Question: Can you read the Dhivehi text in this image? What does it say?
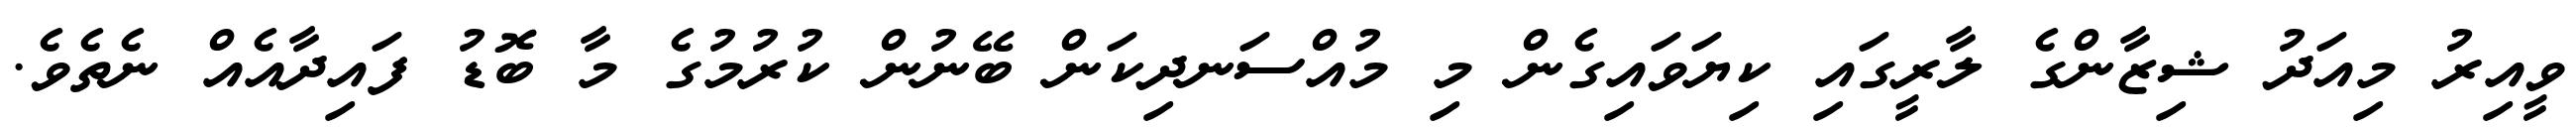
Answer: ވީއިރު މިއަދު ޝިޒާންގެ ލާރީގައި ކިޔަވައިގެން މި މުއްސަނދިކަން ބޭނުން ކުރުމުގެ މާ ބޮޑު ފައިދާއެއް ނެތެވެ.